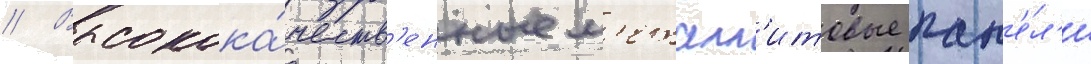
// Высокока́честв'енные м'еталл'итовые пан'е́л'и